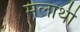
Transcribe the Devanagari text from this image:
मलाथी